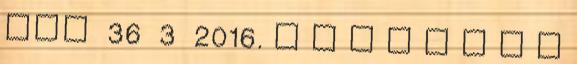
EPL 36 3 2016. J E G Y Z Ő K Ö